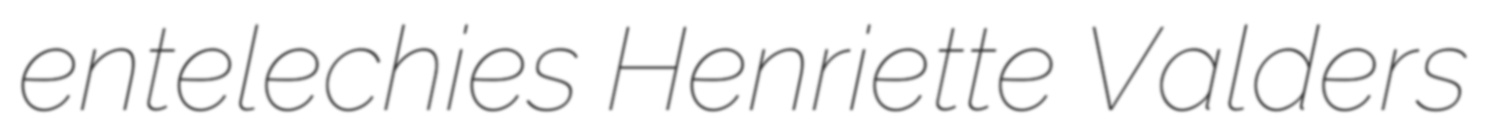
entelechies Henriette Valders